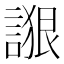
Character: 𰵁